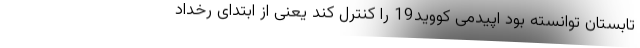
تابستان توانسته بود اپیدمی کووید19 را کنترل کند یعنی از ابتدای رخداد